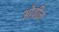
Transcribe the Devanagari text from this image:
ओव्रीम